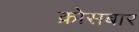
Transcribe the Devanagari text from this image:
क्रोसबार